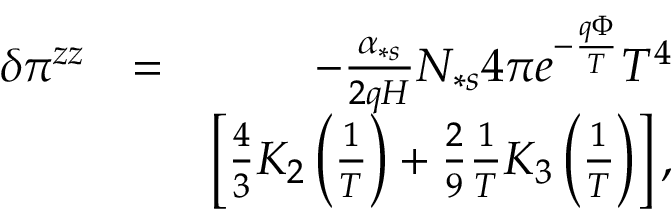
\begin{array} { r l r } { \delta \pi ^ { z z } } & { = } & { - \frac { \alpha _ { \ast s } } { 2 q H } N _ { \ast s } 4 \pi e ^ { - \frac { q \Phi } { T } } T ^ { 4 } } \\ & { } & { \left[ \frac { 4 } { 3 } K _ { 2 } \left( \frac { 1 } { T } \right) + \frac { 2 } { 9 } \frac { 1 } { T } K _ { 3 } \left( \frac { 1 } { T } \right) \right] , } \end{array}